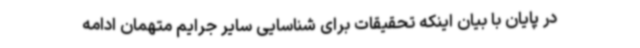
در پایان با بیان اینکه تحقیقات برای شناسایی سایر جرایم متهمان ادامه